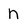
Character: n